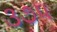
૩૭૫